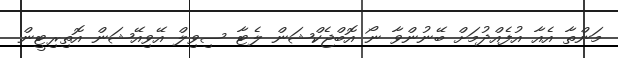
މަންތާ އެއާ އުފެއްދުމަށް ބޭނުންވާ ނޯ އޮބްޖެކްޝަން ލެޓާ ސިވިލް އޭވިއޭޝަން އޮތިރިޓީން